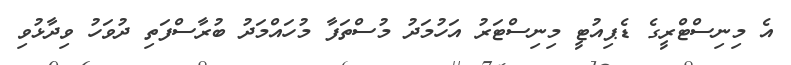
އެ މިނިސްޓްރީގެ ޑެޕިއުޓީ މިނިސްޓަރު އަހުމަދު މުސްތަފާ މުހައްމަދު ބުރާސްފަތި ދުވަހު ވިދާޅުވި